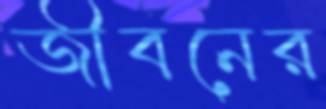
জীবনের